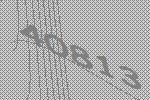
40813